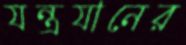
যন্ত্রযানের